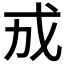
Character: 𪭊